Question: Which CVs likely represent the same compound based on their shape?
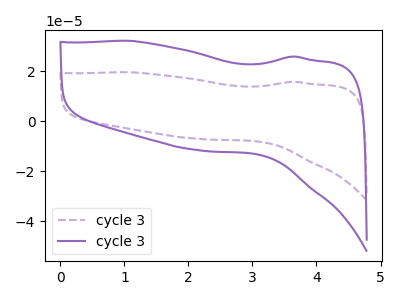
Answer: <think>The purple dashed curve "cycle 31" has no peaks. The purple curve "cycle 32" has no peaks.
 Neither "cycle 31" or "cycle 32" have any peaks.</think>
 <answer>"cycle 32" and "cycle 31" have the same shape and are likely CV's of the same chemical.</answer>
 <eval>"cycle 32" "cycle 31"</eval>